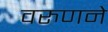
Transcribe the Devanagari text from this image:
वरुणने